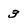
Character: 3